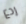
ردع